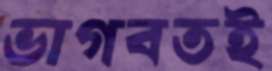
ভাগবতই